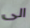
الى